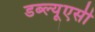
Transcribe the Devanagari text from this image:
डब्ल्यूएसी